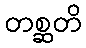
တစ္ဆတိ